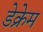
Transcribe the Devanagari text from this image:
डेक्रेम